Lunatic asylums Central Provinces reports 1874-1885 - 1874-1885
Year: 1874
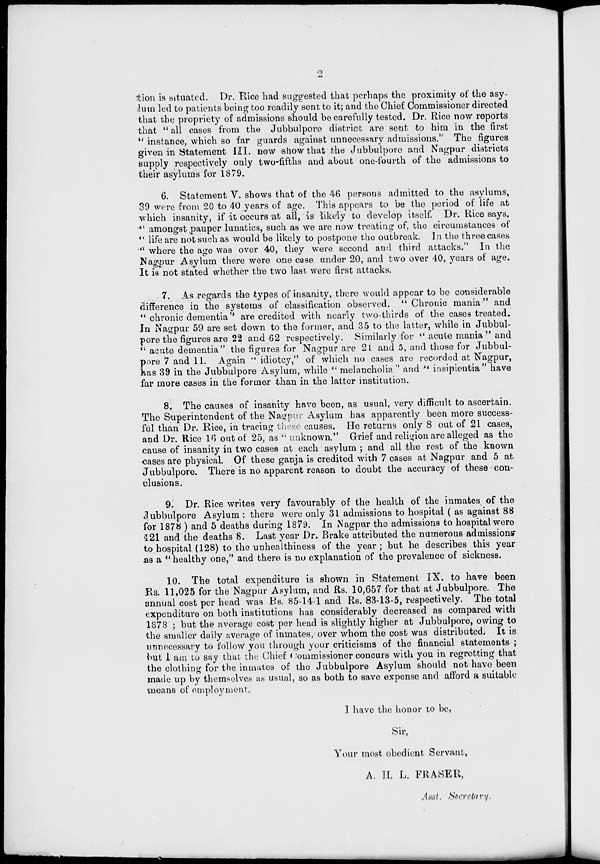
2
tion is situated. Dr. Rice had suggested that perhaps the proximity of the asy-
lum led to patients being too readily sent to it; and the Chief Commissioner directed
that the propriety of admissions should be carefully tested. Dr. Rice now reports
that "all cases from the Jubbulpore district are sent to him in the first
" instance, which so far guards against unnecessary admissions." The figures
given in Statement III. now show that the Jubbulpore and Nagpur districts
supply respectively only two-fifths and about one-fourth of the admissions to
their asylums for 1879.
6. Statement V. shows that of the 46 persons admitted to the asylums,
39 were from 20 to 40 years of age. This appears to be the period of life at
which insanity, if it occurs at all, is likely to develop itself. Dr. Rice says,
" amongst pauper lunatics, such as we are now treating of, the circumstances of
" life are not such as would be likely to postpone the outbreak. In the three cases
" where the age was over 40, they were second and third attacks." In the
Nagpur Asylum there were one case under 20, and two over 40, years of age.
It is not stated whether the two last were first attacks.
7. As regards the types of insanity, there would appear to be considerable
difference in the systems of classification observed. "Chronic mania" and
" chronic dementia" are credited with nearly two-thirds of the cases treated.
In Nagpur 59 are set down to the former, and 35 to the latter, while in Jubbul-
pore the figures are 22 and 62 respectively. Similarly for " acute mania " and
" acute dementia" the figures for Nagpur are 21 and 5, and those for Jubbul-
pore 7 and 11. Again " idiotcy," of which no cases are recorded at Nagpur,
has 39 in the Jubbulpore Asylum, while " melancholia " and " insipientia " have
far more cases in the former than in the latter institution.
8. The causes of insanity have been, as usual, very difficult to ascertain.
The Superintendent of the Nagpur Asylum has apparently been more success-
ful than Dr. Rice, in tracing these causes. He returns only 8 out of 21 cases,
and Dr. Rice 16 out of 25, as " unknown." Grief and religion are alleged as the
cause of insanity in two cases at each asylum ; and all the rest of the known
cases are physical. Of these ganja is credited with 7 cases at Nagpur and 5 at
Jubbulpore. There is no apparent reason to doubt the accuracy of these con-
clusions.
9. Dr. Rice writes very favourably of the health of the inmates of the
Jubbulpore Asylum : there were only 31 admissions to hospital ( as against 88
for 1878 ) and 5 deaths during 1879. In Nagpur the admissions to hospital were
121 and the deaths 8. Last year Dr. Brake attributed the numerous admissions
to hospital (128) to the unhealthiness of the year; but he describes this year
as a "healthy one," and there is no explanation of the prevalence of sickness.
10. The total expenditure is shown in Statement IX. to have been
Rs. 11,025 for the Nagpur Asylum, and Rs. 10,657 for that at Jubbulpore. The
annual cost per head was Rs. 85-14-1 and Rs. 83-13-5, respectively. The total
expenditure on both institutions has considerably decreased as compared with
1878 ; but the average cost per head is slightly higher at Jubbulpore, owing to
the smaller daily average of inmates, over whom the cost was distributed. It is
unnecessary to follow you through your criticisms of the financial statements ;
but I am to say that the Chief Commissioner concurs with you in regretting that
the clothing for the inmates of the Jubbulpore Asylum should not have been
made up by themselves as usual, so as both to save expense and afford a suitable
means of employment.
I have the honor to be,
Sir,
Your most obedient Servant,
A. H. L. FRASER,
Asst. Secretary.